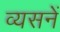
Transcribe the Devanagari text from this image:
व्यसनें